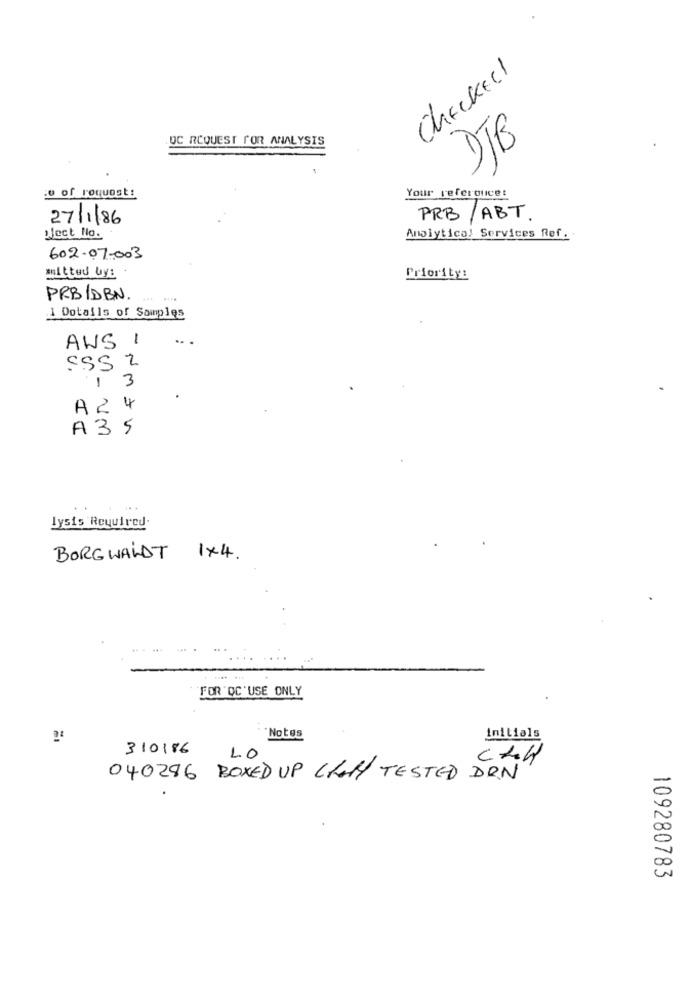
Checked
DTB
OC REQUEST FOR ANALYSIS
Your referduice:
:o of roquost:
27/1/86
PRB / ABT
lect No.
Analytical Services Ref.
602-07-003
mitted by:
Priority:
PRB/DBN.
....
1 Dotails of Samples
AWS 1
1 3
A24
A35
lysis Required.
BORGWALDT 1×4.
FOR 'QC'USE ONLY
Notes
initials
310186
LO
040286 BOXED UP CHON TESTED DRIN
109280783